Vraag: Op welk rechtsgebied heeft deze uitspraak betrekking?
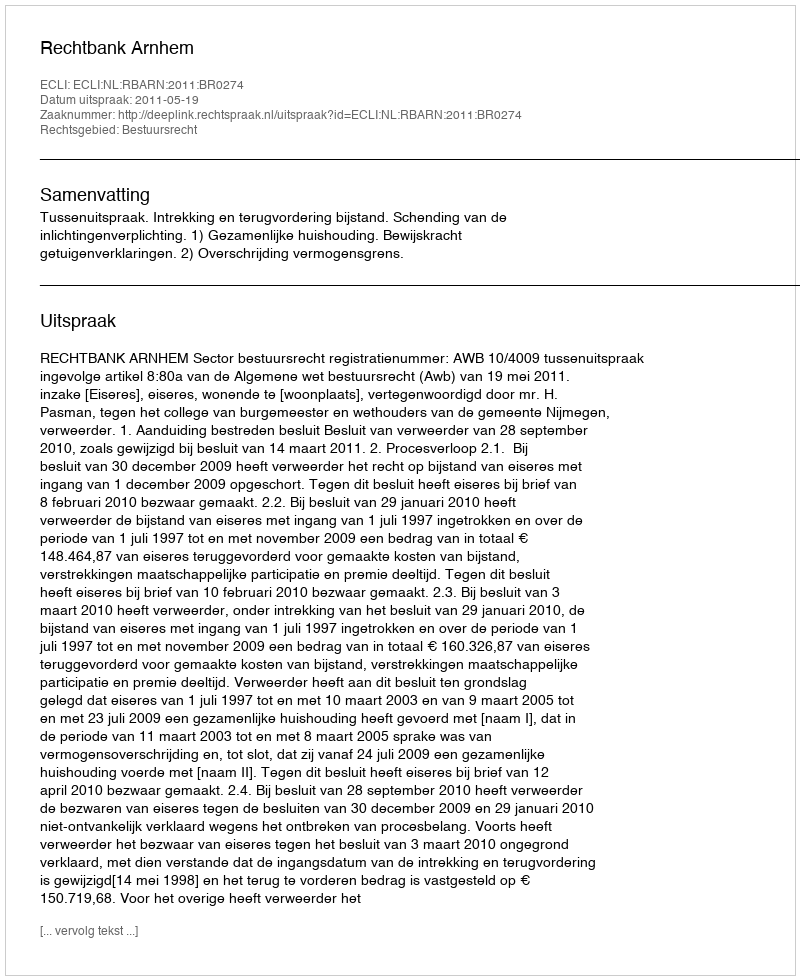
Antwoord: Bestuursrecht